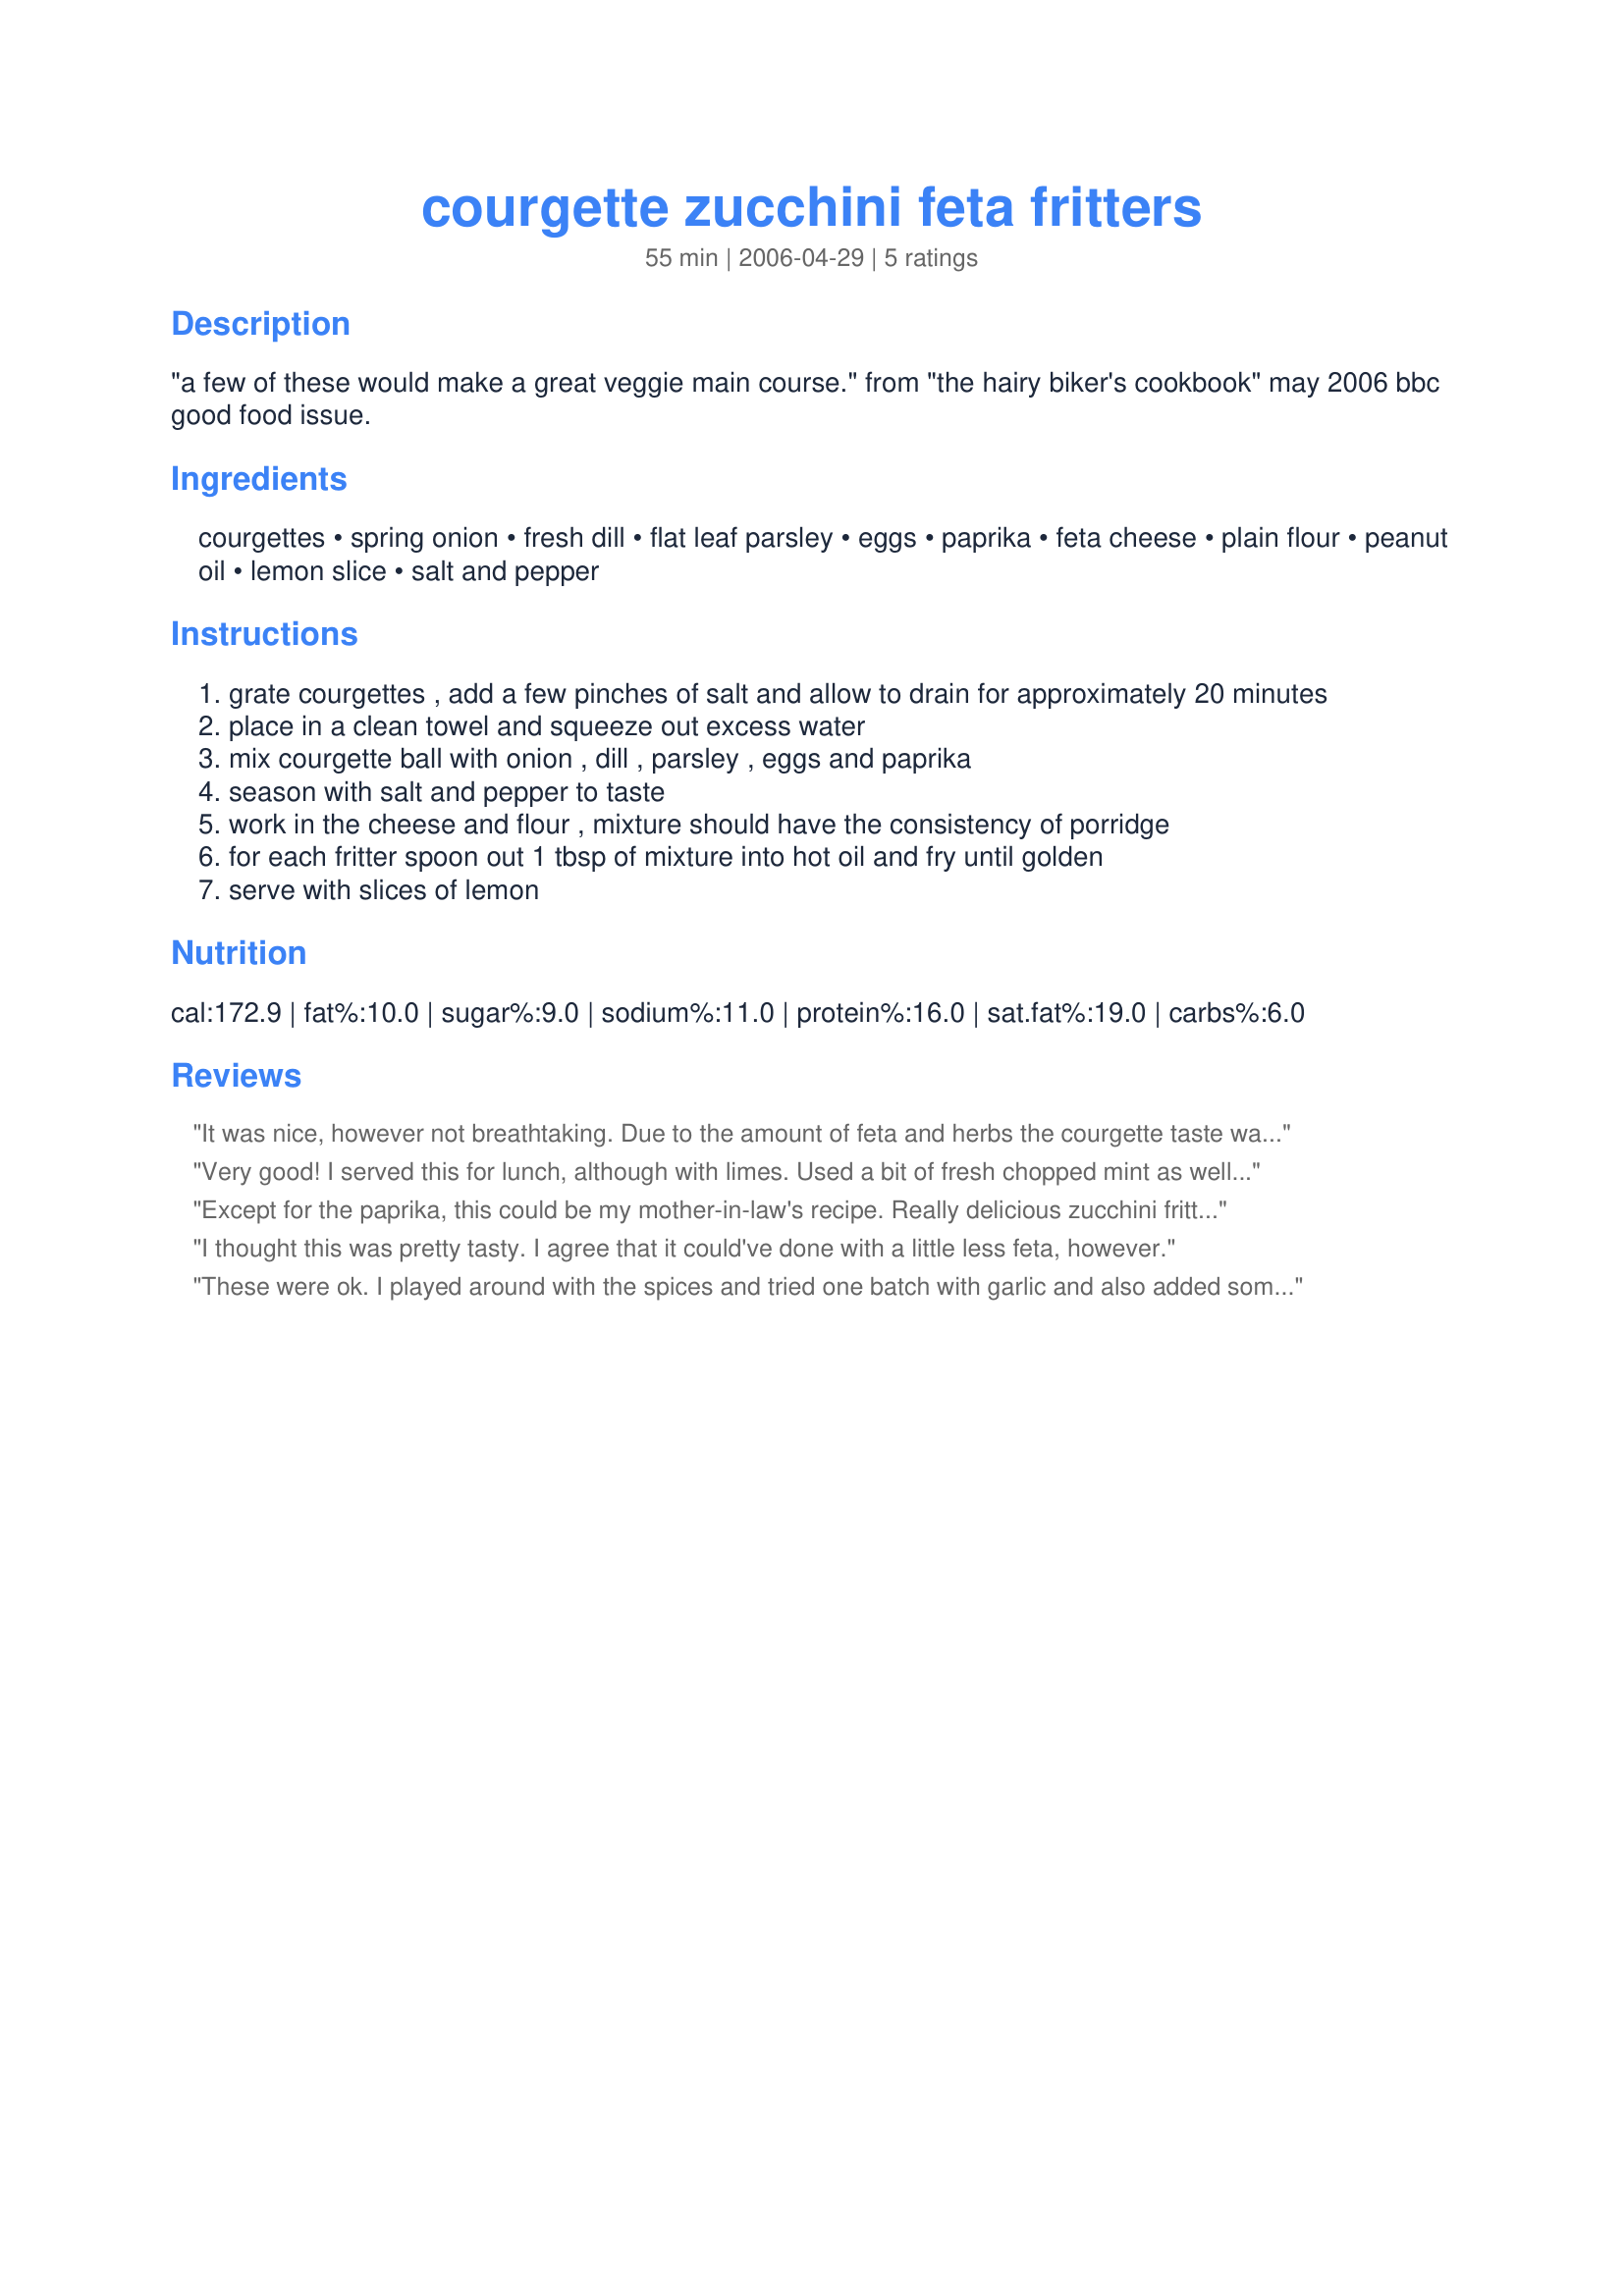
courgette zucchini feta fritters
Preparation time: 55 minutes

"a few of these would make a great veggie main course."
from "the hairy biker's cookbook" may 2006 bbc good food issue.

Ingredients:
courgettes, spring onion, fresh dill, flat leaf parsley, eggs, paprika, feta cheese, plain flour, peanut oil, lemon slice, salt and pepper

Steps:
grate courgettes , add a few pinches of salt and allow to drain for approximately 20 minutes
place in a clean towel and squeeze out excess water
mix courgette ball with onion , dill , parsley , eggs and paprika
season with salt and pepper to taste
work in the cheese and flour , mixture should have the consistency of porridge
for each fritter spoon out 1 tbsp of mixture into hot oil and fry until golden
serve with slices of lemon

Reviews:
It was nice, however not breathtaking. Due to the amount of feta and herbs the courgette taste was barely noticable. Better take at least 900 g and drain it very well. Also it is handy to use an ice-scoop before making paddies and roll them thru Panka. Frying in sesameoil should add to the nutty flavour...
Very good! I served this for lunch, although with limes. Used a bit of fresh chopped mint as well. Thanks for posting!
Except for the paprika, this could be my mother-in-law's recipe. Really delicious zucchini fritters. The feta is a nice textural and flavour counterpoint and I liked the addition of paprika for a bit of heat. Used 2 eggs as mine are XL. Another option to serving this is with some tzatziki (Greek yoghurt/garlic/cucumber meze) - wonderful combination.
I thought this was pretty tasty. I agree that it could've done with a little less feta, however.
These were ok.
I played around with the spices and tried one batch with garlic and also added some salt.
But at the end of the day was nothing really impressive.
